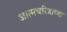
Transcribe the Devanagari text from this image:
आत्मचरित्राच्या